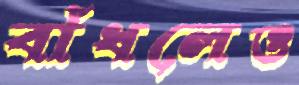
বাঁধলেও